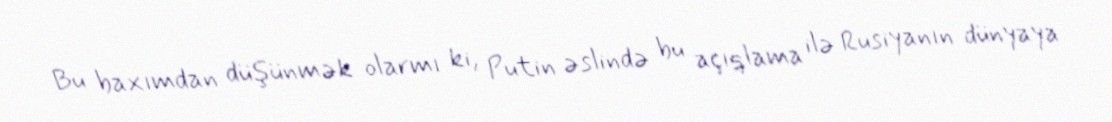
Bu baxımdan düşünmək olarmı ki, Putin əslində bu açıqlama ilə Rusiyanın dünyaya